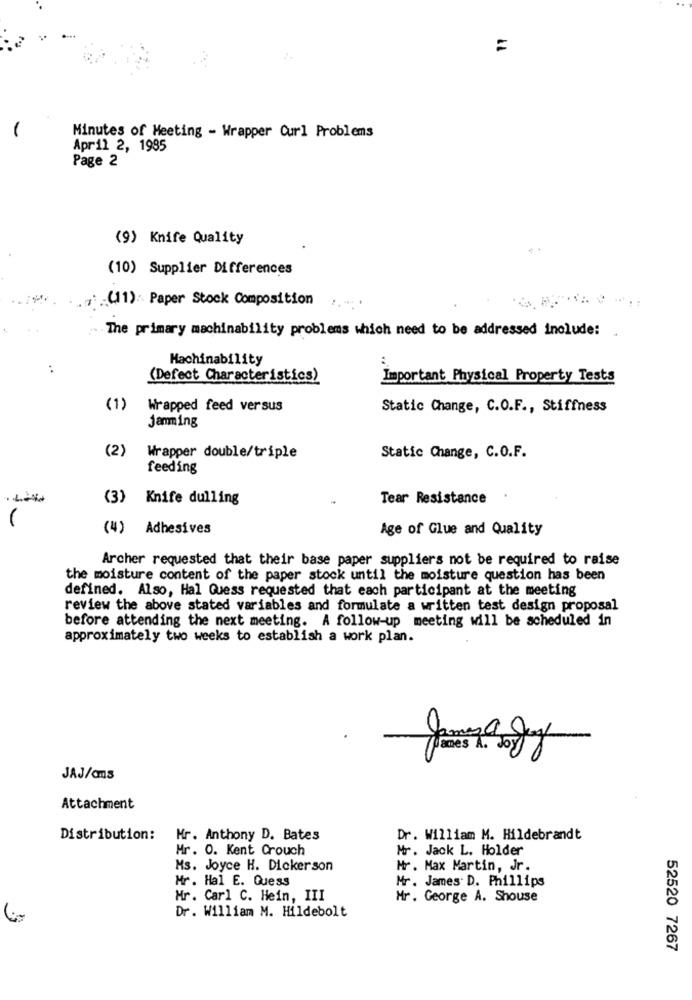
=
Minutes of Meeting - Wrapper Curl Problems
April 2, 1985
Page 2
(9) Knife Quality
(10) Supplier Differences
(11): Paper Stock Composition
. :
The primary machinability problems which need to be addressed include:
Machinability
:
(Defect Characteristics)
Important Physical Property Tests
(1)
Wrapped feed versus
Static Change, C.O.F ., Stiffness
jamming
(2)
Wrapper double/triple
Static Change, C.O.F.
feeding
(3) Knife dulling
Tear Resistance
.
(4) Adhesives
Age of Glue and Quality
Archer requested that their base paper suppliers not be required to raise
the moisture content of the paper stock until the moisture question has been
defined. Also, Hal Guess requested that each participant at the meeting
review the above stated variables and formulate a written test design proposal
before attending the next meeting. A follow-up meeting will be scheduled in
approximately two weeks to establish a work plan.
JAJ/cms
Attachment
Distribution:
Mr. Anthony D. Bates
Dr. William M. Hildebrandt
Mr. O. Kent Crouch
Mr. Jack L. Holder
Ms. Joyce H. Dickerson
Hr . Max Martin, Jr.
Mr. Hal E. Guess
Mr . James D. Phillips
Mr. Carl C. Hein, III
Mr. George A. Shouse
Dr. William M. Hildebolt
52520 7267